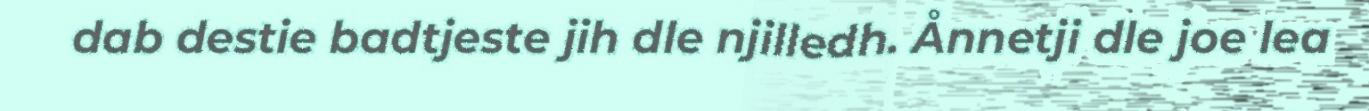
dab destie badtjeste jih dle njilledh. Ånnetji dle joe lea